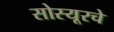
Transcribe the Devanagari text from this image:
सोस्यूरचे